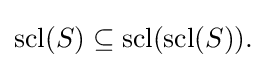
{\textstyle \operatorname {scl} (S)\subseteq \operatorname {scl} (\operatorname {scl} (S)).}